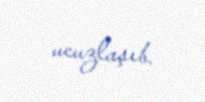
ucuzlaşıb.